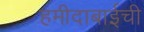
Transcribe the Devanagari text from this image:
हमीदाबाईची